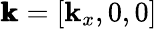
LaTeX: \pmb{\mathbf{k}}=[\mathbf{k}_{x},0,0]